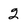
Character: 2